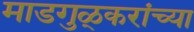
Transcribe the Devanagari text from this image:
माडगुळ्करांच्या